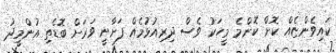
ކައިވެންޏެއް ކޮށް ކޮންމެ މީހަކު ވެސް ދިރިއުޅުމެއް ފަށާނީ ވަރަށް ބޮޑެތި އުންމީދު